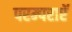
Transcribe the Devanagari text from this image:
परम्पराएॅ